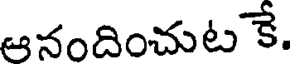
ఆనందించుట కే.